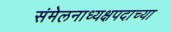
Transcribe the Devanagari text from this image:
संमेलनाध्यक्षपदाच्या